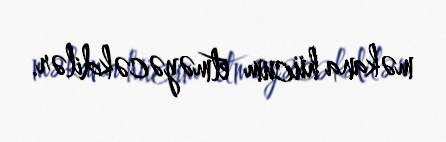
məkana hücum etməyəcəkdilər.